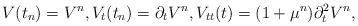
LaTeX: \begin{align*}V(t_n)=V^n,V_t(t_n)=\partial_tV^n,V_{tt}(t)=(1+\mu^n)\partial_t^2V^n,\end{align*}